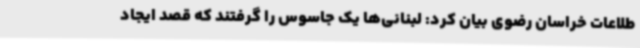
طلاعات خراسان رضوی بیان کرد: لبنانی‌ها یک جاسوس را گرفتند که قصد ایجاد